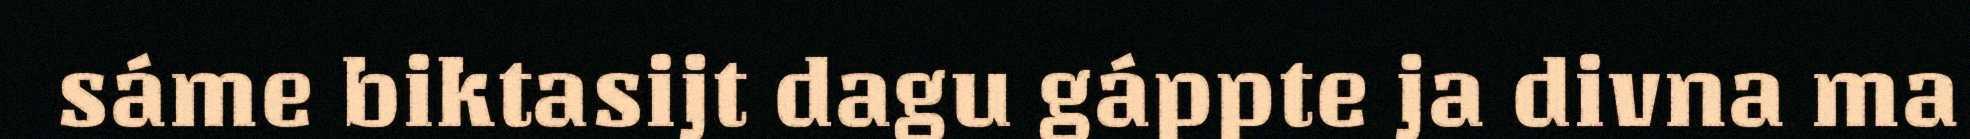
sáme biktasijt dagu gáppte ja divna ma